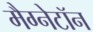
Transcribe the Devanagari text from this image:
मैग्नेटॉन